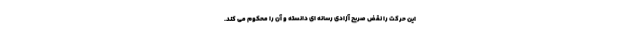
این حرکت را نقض صریح آزادی رسانه ای دانسته و آن را محکوم می کند.